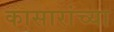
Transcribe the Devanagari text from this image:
कासारांच्या